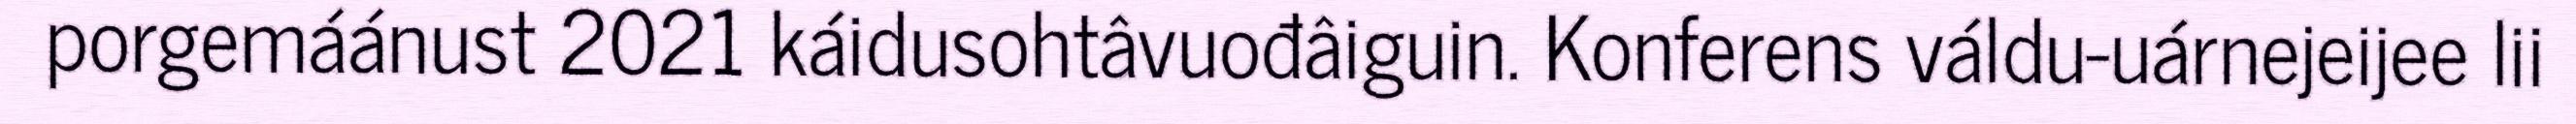
porgemáánust 2021 káidusohtâvuođâiguin. Konferens váldu-uárnejeijee lii